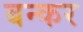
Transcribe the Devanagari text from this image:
बन्कर